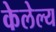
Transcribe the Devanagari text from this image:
केलेल्य